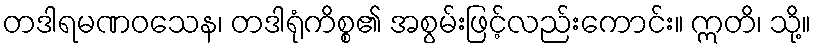
တဒါရမဏဝသေန၊ တဒါရုံကိစ္စ၏ အစွမ်းဖြင့်လည်းကောင်း။ ဣတိ၊ သို့။